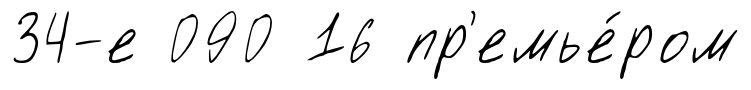
34-е 090 16 пр'емье́ром